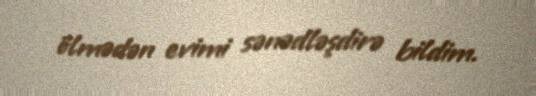
ölmədən evimi sənədləşdirə bildim.